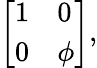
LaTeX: \textstyle{\left[\begin{array}{ll}{1}&{0}\\ {0}&{\phi}\end{array}\right]},